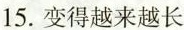
15.变得越来越长